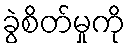
ခွဲစိတ်မှုကို